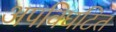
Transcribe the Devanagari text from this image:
अपविघटित